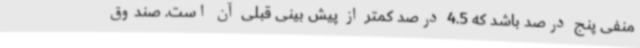
منفی پنج درصد باشد که 4.5 درصد کمتر از پیش بینی قبلی آن است. صندوق